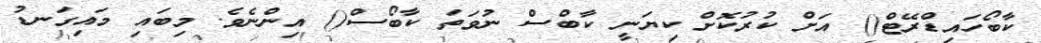
ކާބޯހައިޑްރޭޓް() އަށް ކުރުކޮށް ކިޔަނީ ކާބްސް ނުވަތަ ކާބޯސް() އިންނެވެ. މިބައި މައިގަނޑު